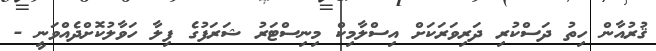
ޤުރުއާން ހިތު ދަސްކުރި ދަރިވަރަކަށް އިސްލާމިކް މިނިސްޓަރު ޝަރަފުގެ ފިލާ ހަވާލުކޮށްދެއްވަނީ -